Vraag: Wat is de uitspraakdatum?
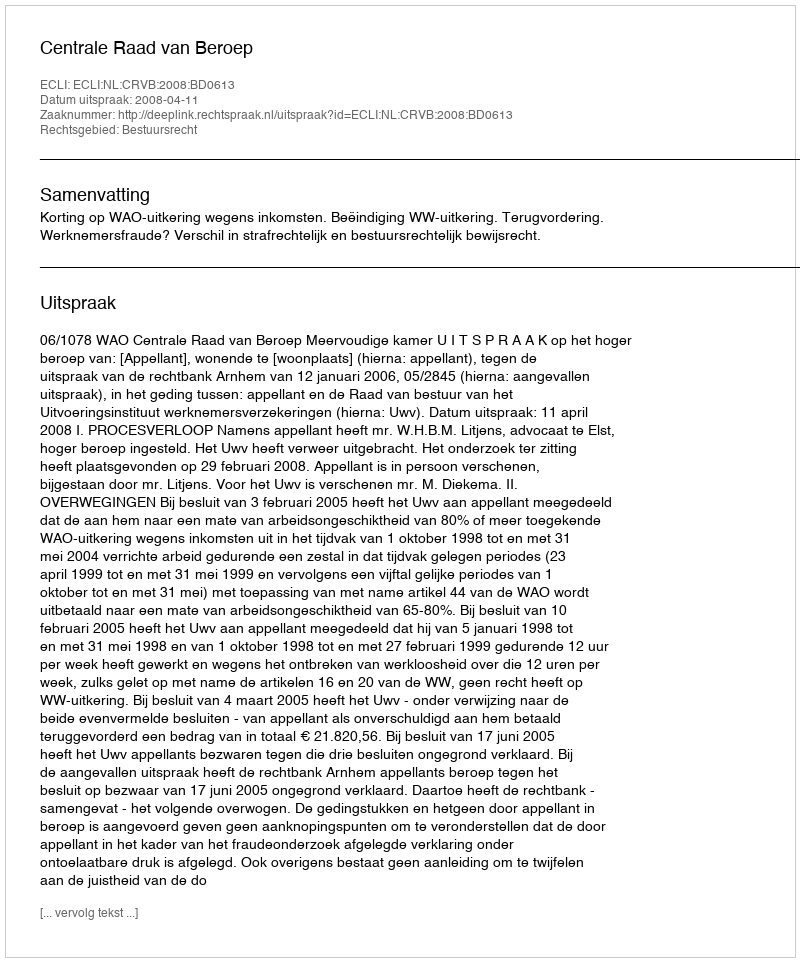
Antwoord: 2008-04-11